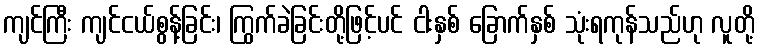
ကျင်ကြီး ကျင်ငယ်စွန့်ခြင်း၊ ကြွက်ခဲခြင်းတို့ဖြင့်ပင် ငါးနှစ် ခြောက်နှစ် သုံးရကုန်သည်ဟု လူတို့